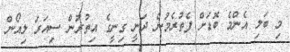
މި ބަލި އެންމެ ބޮޑަށް ފެތުރެމުން ދަނީ ގިނީގެ އިތުރުން ސިއަރަ ލިއޯން